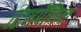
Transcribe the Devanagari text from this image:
टिमपैनिक